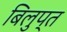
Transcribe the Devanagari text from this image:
बिलुप्त